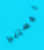
لمستني